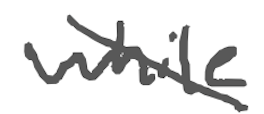
Text: while
Cross-out: diagonal
Writing tool: digital_gray